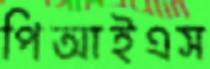
পিআইএস